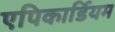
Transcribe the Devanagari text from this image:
एपिकार्डियम